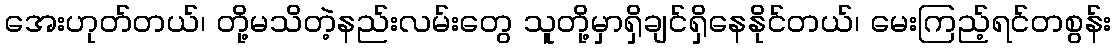
အေးဟုတ်တယ်၊ တို့မသိတဲ့နည်းလမ်းတွေ သူတို့မှာရှိချင်ရှိနေနိုင်တယ်၊ မေးကြည့်ရင်တစွန်း